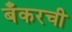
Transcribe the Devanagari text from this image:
बँकरची